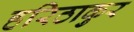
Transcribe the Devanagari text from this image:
हरिठाकुर